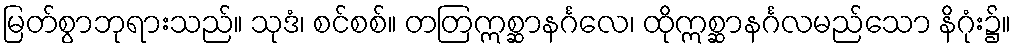
မြတ်စွာဘုရားသည်။ သုဒံ၊ စင်စစ်။ တတြဣစ္ဆာနင်္ဂလေ၊ ထိုဣစ္ဆာနင်္ဂလမည်သော နိဂုံး၌။